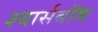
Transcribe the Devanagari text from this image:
श्वार्सबॉम